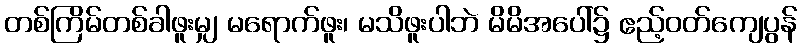
တစ်ကြိမ်တစ်ခါဖူးမျှ မရောက်ဖူး၊ မသိဖူးပါဘဲ မိမိအပေါ်၌ ဧည့်ဝတ်ကျေပွန်